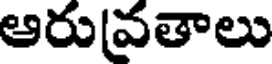
ఆరువతాలు